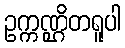
ဥက္ကဏ္ဌိတရူပါ